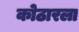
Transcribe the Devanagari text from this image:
कोठारला